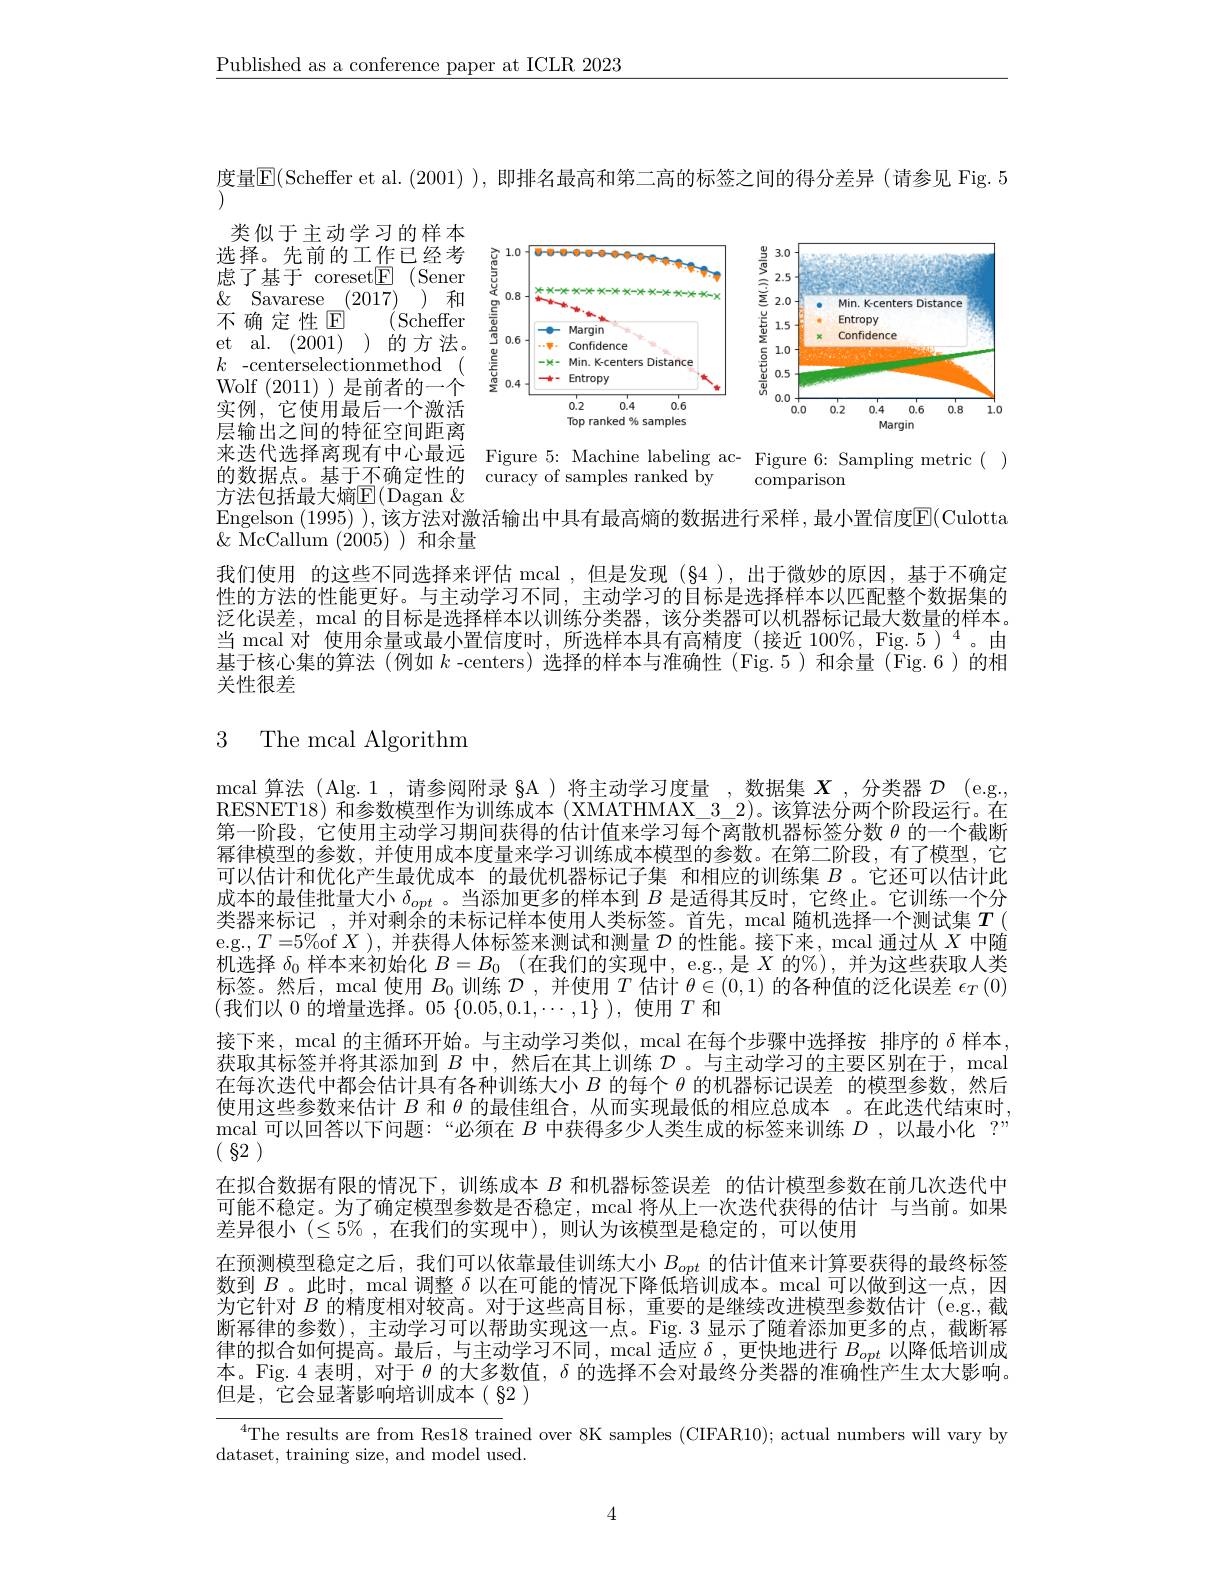
$\underline{\text{Published as a conference paper at ICLR 2023}}$

度量$\overline{\mathrm{E}}($Scheffer et al.(2001) ), 即排名最高和第二高的标签之间的得分差异 (请参见 Fig. 5
类似于主动学习的样本

<FigureHere>

选择。先前的工作已经考虑了基于 coreset$\textcircled{\mathrm{F}}$ (Sener $\&$ Savarese (2017) 和不确定性$\textcircled {\mathrm{E} }\allowbreak ( {\mathrm{mod}} $Scheffer) et al.(2001) )的方法。$k$ -centerselectionmethod ( Wolf (2011) )是前者的一个实例，它使用最后一个激活层输出之间的特征空间距离来迭代选择离现有中心最远 Figure 5: Machine labeling ac- Figure 6: Sampling metric( )的数据占 其干不确定性的 curacv of samplas rankad bv
的数据点。基于不确定性的 curacy of samples ranked by
$\underline{\text{方法包括最大熵}\mathbb{E}}($Dagan $\&$
Engelson (1995) ), 该方法对激活输出中具有最高熵的数据进行采样，最小置信度$\overline{\mathbb{E}}($Culotta
$\&$ McCallum (2005) )和余量

comparison

我们使用 的这些不同选择来评估 mcal ,但是发现$(\$4)$,出于微妙的原因，基于不确定性的方法的性能更好。与主动学习不同，主动学习的目标是选择样本以匹配整个数据集的泛化误差，mcal 的目标是选择样本以训练分类器，该分类器可以机器标记最大数量的样本。当 mcal 对 使用余量或最小置信度时，所选样本具有高精度 (接近 100%, Fig.5)$^{4}$。由基于核心集的算法(例如$k$ -centers)选择的样本与准确性(Fig.5)和余量(Fig.6)的相关性很差

## 3 The mcal Algorithm

mcal 算法(Alg.1,请参阅附录 §A)将主动学习度量，数据集$X$,分类器$\mathcal{D}$ (e.g., RESNET18)和参数模型作为训练成本 (XMATHMAX\_3\_2)。该算法分两个阶段运行。在第一阶段，它使用主动学习期间获得的估计值来学习每个离散机器标签分数$\theta$的一个截断幂律模型的参数，并使用成本度量来学习训练成本模型的参数。在第二阶段，有了模型，它可以估计和优化产生最优成本 的最优机器标记子集 和相应的训练集$B$ 。它还可以估计此成本的最佳批量大小$\delta_{opt}$ 。当添加更多的样本到$B$是适得其反时，它终止。它训练一个分类器来标记 , 并对剩余的未标记样本使用人类标签。首先，mcal 随机选择一个测试集$T$ ( e.g.,$T=5\%$of $X)$,并获得人体标签来测试和测量$\mathcal{D}$的性能。接下来，mcal 通过从$X$中随机选择$\delta_0$样本来初始化$B= B_0$ (在我们的实现中，e.g.,是$X$的%),并为这些获取人类标签。然后，mcal 使用$B_0$训练$\mathcal{D}$ ,并使用$T$估计$\theta\in(0,1)$的各种值的泛化误差$\epsilon_T(0)$ (我们以0的增量选择。$05\left\{0.05,0.1,\cdots,1\right\})$,使用$T$和
接下来，mcal 的主循环开始。与主动学习类似，mcal 在每个步骤中选择按 排序的$\delta$样本， 获取其标签并将其添加到$B$中，然后在其上训练$\mathcal{D}$ 。与主动学习的主要区别在于，mcal 在每次迭代中都会估计具有各种训练大小$B$的每个$\theta$的机器标记误差 的模型参数，然后使用这些参数来估计$B$和$\theta$的最佳组合，从而实现最低的相应总成本 。在此迭代结束时， mcal 可以回答以下问题：“必须在$B$中获得多少人类生成的标签来训练$D$ ,以最小化 ?” ( 82 )
在拟合数据有限的情况下，训练成本$B$和机器标签误差 的估计模型参数在前几次迭代中可能不稳定。为了确定模型参数是否稳定，mcal 将从上一次迭代获得的估计 与当前。如果差异很小$(\leq5\%$,在我们的实现中),则认为该模型是稳定的，可以使用
在预测模型稳定之后，我们可以依靠最佳训练大小$B_{opt}$的估计值来计算要获得的最终标签数到$B$ 。此时，mcal 调整$\delta$以在可能的情况下降低培训成本。mcal 可以做到这一点，因为它针对$B$的精度相对较高。对于这些高目标，重要的是继续改进模型参数估计 (e.g.,截断幂律的参数),主动学习可以帮助实现这一点。Fig.3 显示了随着添加更多的点，截断幂律的拟合如何提高。最后，与主动学习不同，mcal 适应$\delta$,更快地进行$B_opt$以降低培训成本。Fig.4 表明，对于$\theta$的大多数值，$\delta$的选择不会对最终分类器的准确性产生太大影响。但是，它会显著影响培训成本(§2)
$^{4}$The results are from Res18 trained over 8K samples (CIFAR10); actual numbers will vary by

dataset, training size, and model used.

4